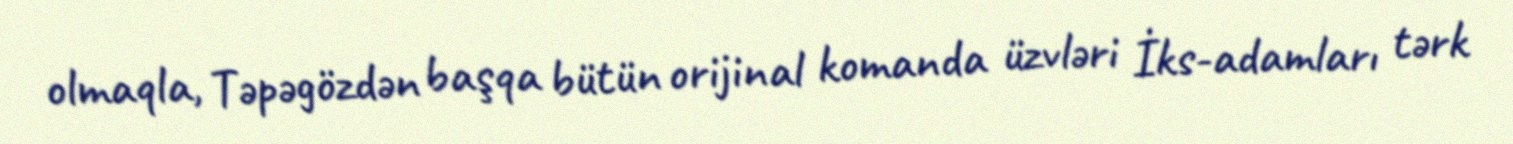
olmaqla, Təpəgözdən başqa bütün orijinal komanda üzvləri İks-adamları tərk